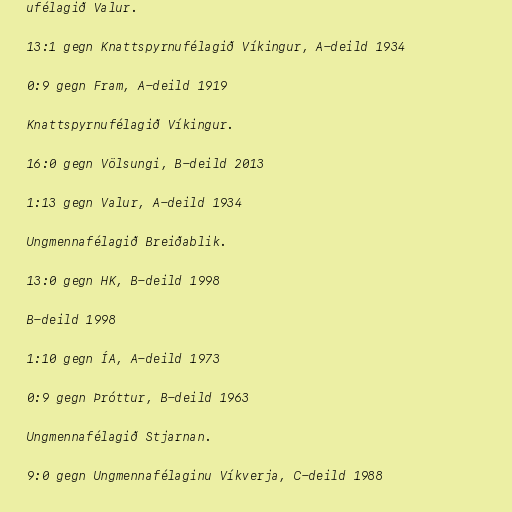
ufélagið Valur.

13:1 gegn Knattspyrnufélagið Víkingur, A-deild 1934

0:9 gegn Fram, A-deild 1919

Knattspyrnufélagið Víkingur.

16:0 gegn Völsungi, B-deild 2013

1:13 gegn Valur, A-deild 1934

Ungmennafélagið Breiðablik.

13:0 gegn HK, B-deild 1998

B-deild 1998

1:10 gegn ÍA, A-deild 1973

0:9 gegn Þróttur, B-deild 1963

Ungmennafélagið Stjarnan.

9:0 gegn Ungmennafélaginu Víkverja, C-deild 1988